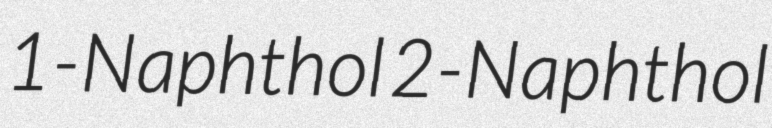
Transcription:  1-Naphthol 2-Naphthol